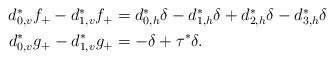
LaTeX: \begin{align*} \begin{aligned} d_{0,v}^*f_+ -d_{1,v}^*f_+ &= d_{0,h}^*\delta -d_{1,h}^*\delta +d_{2,h}^*\delta -d_{3,h}^*\delta \\ d_{0,v}^*g_+ -d_{1,v}^*g_+ &= -\delta + \tau^*\delta. \end{aligned} \end{align*}